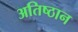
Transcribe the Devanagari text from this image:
अतिष्ठान